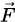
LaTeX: \scriptstyle{\vec{F}}